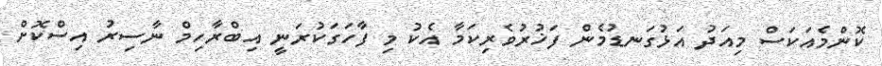
ކޮންމެއަކަސް މިއަދު އަޅުގަނޑުމެން ފަޚުރުވެރިކަމާ އެކު މި ފާހަގަކުރަނީ އިބްރާހިމް ނާސިރު އިސްކޮށް